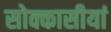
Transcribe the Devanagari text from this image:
सोक्कासीयां